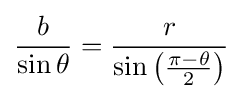
{\frac {b}{\sin \theta }}={\frac {r}{\sin \left({\frac {\pi -\theta }{2}}\right)}}